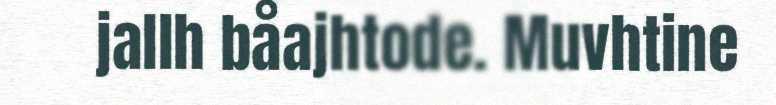
jallh båajhtode. Muvhtine